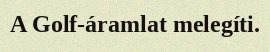
A Golf-áramlat melegíti.